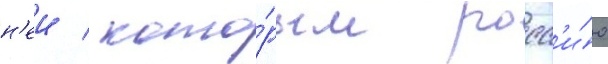
н'еи / кото́рым росс'и́ю